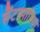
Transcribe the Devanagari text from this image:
सैंटामारिया